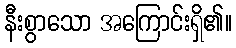
နီးစွာသော အကြောင်းရှိ၏။